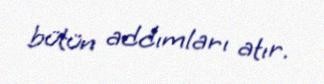
bütün addımları atır.